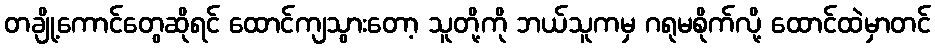
တချို့ကောင်တွေဆိုရင် ထောင်ကျသွားတော့ သူတို့ကို ဘယ်သူကမှ ဂရုမစိုက်လို့ ထောင်ထဲမှာတင်